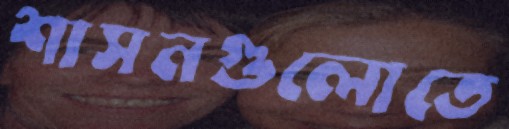
শাসনগুলোতে